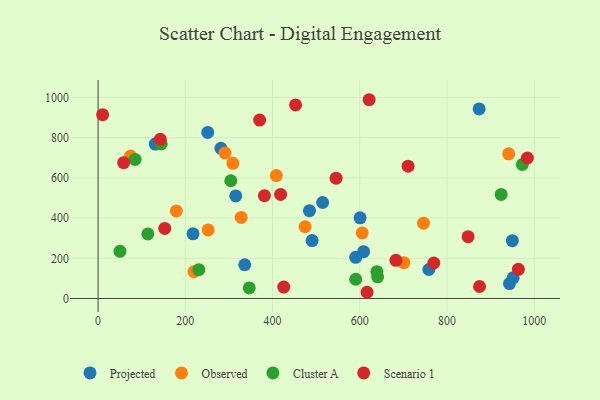
{"axis": {"x": "Experience", "y": "Profit"}, "legend": ["Cluster A", "Observed", "Projected", "Scenario 1"], "data": [{"x": "943.2", "y": 74.5, "type": "Projected"}, {"x": "590.6", "y": 204.6, "type": "Projected"}, {"x": "873.6", "y": 942.8, "type": "Projected"}, {"x": "315.6", "y": 510.2, "type": "Projected"}, {"x": "484.6", "y": 437.1, "type": "Projected"}, {"x": "608.7", "y": 233.1, "type": "Projected"}, {"x": "336.2", "y": 168.0, "type": "Projected"}, {"x": "131.1", "y": 768.0, "type": "Projected"}, {"x": "951.5", "y": 103.0, "type": "Projected"}, {"x": "514.8", "y": 477.5, "type": "Projected"}, {"x": "490.7", "y": 288.1, "type": "Projected"}, {"x": "251.4", "y": 826.1, "type": "Projected"}, {"x": "281.7", "y": 747.0, "type": "Projected"}, {"x": "600.6", "y": 401.3, "type": "Projected"}, {"x": "758.3", "y": 144.4, "type": "Projected"}, {"x": "217.6", "y": 321.6, "type": "Projected"}, {"x": "949.8", "y": 287.4, "type": "Projected"}, {"x": "941.3", "y": 719.4, "type": "Observed"}, {"x": "408.6", "y": 611.3, "type": "Observed"}, {"x": "746.1", "y": 374.7, "type": "Observed"}, {"x": "219.7", "y": 133.0, "type": "Observed"}, {"x": "474.7", "y": 356.8, "type": "Observed"}, {"x": "328.0", "y": 403.2, "type": "Observed"}, {"x": "252.4", "y": 341.3, "type": "Observed"}, {"x": "179.4", "y": 435.8, "type": "Observed"}, {"x": "74.3", "y": 708.7, "type": "Observed"}, {"x": "605.5", "y": 326.4, "type": "Observed"}, {"x": "701.1", "y": 178.0, "type": "Observed"}, {"x": "291.0", "y": 723.5, "type": "Observed"}, {"x": "309.1", "y": 672.4, "type": "Observed"}, {"x": "114.0", "y": 321.2, "type": "Cluster A"}, {"x": "590.6", "y": 95.7, "type": "Cluster A"}, {"x": "924.1", "y": 517.6, "type": "Cluster A"}, {"x": "144.8", "y": 768.9, "type": "Cluster A"}, {"x": "50.1", "y": 234.9, "type": "Cluster A"}, {"x": "640.9", "y": 107.7, "type": "Cluster A"}, {"x": "346.6", "y": 52.6, "type": "Cluster A"}, {"x": "84.8", "y": 691.6, "type": "Cluster A"}, {"x": "639.2", "y": 133.6, "type": "Cluster A"}, {"x": "972.6", "y": 666.5, "type": "Cluster A"}, {"x": "304.2", "y": 585.6, "type": "Cluster A"}, {"x": "230.9", "y": 143.2, "type": "Cluster A"}, {"x": "769.7", "y": 176.6, "type": "Scenario 1"}, {"x": "963.5", "y": 145.0, "type": "Scenario 1"}, {"x": "58.6", "y": 675.6, "type": "Scenario 1"}, {"x": "452.7", "y": 962.7, "type": "Scenario 1"}, {"x": "682.9", "y": 189.7, "type": "Scenario 1"}, {"x": "418.4", "y": 517.5, "type": "Scenario 1"}, {"x": "370.3", "y": 887.3, "type": "Scenario 1"}, {"x": "848.3", "y": 307.6, "type": "Scenario 1"}, {"x": "545.6", "y": 598.7, "type": "Scenario 1"}, {"x": "874.5", "y": 59.6, "type": "Scenario 1"}, {"x": "984.2", "y": 698.9, "type": "Scenario 1"}, {"x": "621.5", "y": 988.7, "type": "Scenario 1"}, {"x": "142.5", "y": 791.5, "type": "Scenario 1"}, {"x": "152.8", "y": 348.6, "type": "Scenario 1"}, {"x": "381.3", "y": 511.4, "type": "Scenario 1"}, {"x": "616.7", "y": 31.0, "type": "Scenario 1"}, {"x": "425.7", "y": 57.0, "type": "Scenario 1"}, {"x": "710.7", "y": 658.1, "type": "Scenario 1"}, {"x": "10.4", "y": 914.2, "type": "Scenario 1"}]}